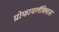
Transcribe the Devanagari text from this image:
प्रोफायलॅक्सिस